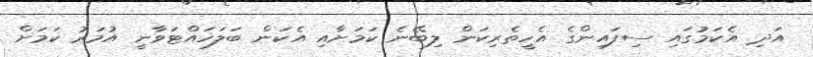
އަދި އެކަމުގައި ސިފައިންގެ އެހީތެރިކަން ލިބޭނެ ކަމަށާއި އެކަން ބަލަހައްޓަވާނީ އުމަރު ކަމަށް